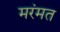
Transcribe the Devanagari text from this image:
मरंमत